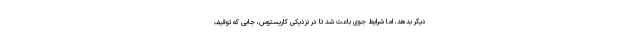
دیگر بدهد، اما شرایط جوی باعث شد تا در نزدیکی کاریستوس، جایی که توقیف